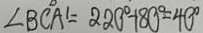
\angle B C A ^ { \prime } = 2 2 0 ^ { \circ } + 1 8 0 ^ { \circ } = 4 0 ^ { \circ }